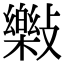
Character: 𣀝